Vaccination in Bombay 1856-1862 - 1856-1862
Year: 1856
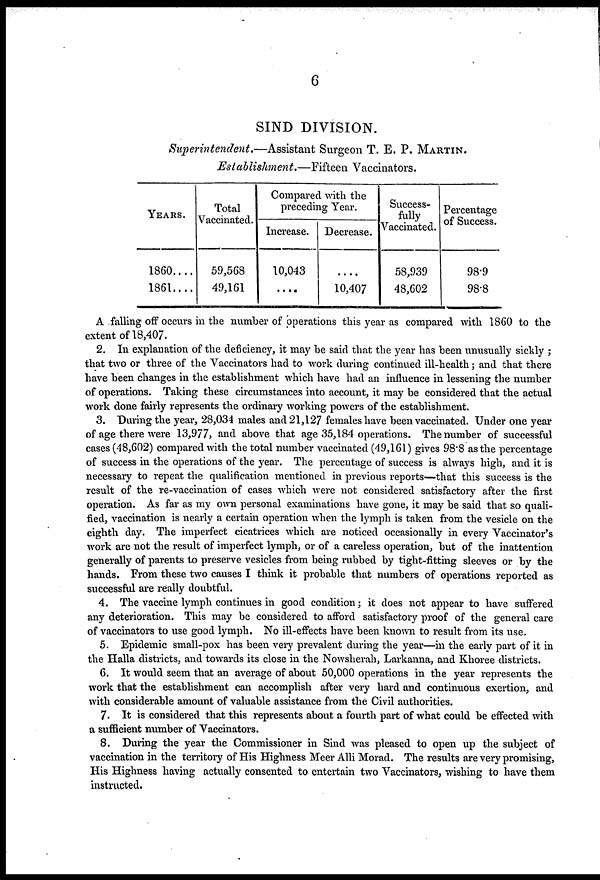
6
SIND DIVISION.
Superintendent.—Assistant
Surgeon T. E. P. MARTIN.
Establishment.—Fifteen
Vaccinators.
YEARS.
1860....
1861....
Total
Vaccinated.
59,568
49,161
Compared with the
preceding Year.
Increase.
10,043
....
Decrease.
....
10,407
Success-
fully
Vaccinated.
58,939
48,602
Percentage
of Success.
98.9
98.8
A falling off occurs in the number of operations this year as compared with 1860 to the
extent of 18,407.
2. In explanation of the deficiency, it may be said that the year has been unusually sickly ;
that two or three of the Vaccinators had to work during continued ill-health; and that there
have been changes in the establishment which have had an influence in lessening the number
of operations. Taking these circumstances into account, it may be considered that the actual
work done fairly represents the ordinary working powers of the establishment.
3. During the year, 28,034 males and 21,127 females have been vaccinated. Under one year
of age there were 13,977, and above that age 35,184 operations. The number of successful
cases (48,602) compared with the total number vaccinated (49,161) gives 98.8 as the percentage
of success in the operations of the year. The percentage of success is always high, and it is
necessary to repeat the qualification mentioned in previous reports—that this success is the
result of the re-vaccination of cases which were not considered satisfactory after the first
operation. As far as my own personal examinations have gone, it may be said that so quali-
fied, vaccination is nearly a certain operation when the lymph is taken from the vesicle on the
eighth day. The imperfect cicatrices which are noticed occasionally in every Vaccinator's
work are not the result of imperfect lymph, or of a careless operation, but of the inattention
generally of parents to preserve vesicles from being rubbed by tight-fitting sleeves or by the
hands. From these two causes I think it probable that numbers of operations reported as
successful are really doubtful.
4. The vaccine lymph continues in good condition; it does not appear to have suffered
any deterioration. This may be considered to afford satisfactory proof of the general care
of vaccinators to use good lymph. No ill-effects have been known to result from its use.
5. Epidemic small-pox has been very prevalent during the year—in the early part of it in
the Halla districts, and towards its close in the Nowsherah, Larkanna, and Khoree districts.
6. It would seem that an average of about 50,000 operations in the year represents the
work that the establishment can accomplish after very hard and continuous exertion, and
with considerable amount of valuable assistance from the Civil authorities.
7. It is considered that this represents about a fourth part of what could be effected with
a sufficient number of Vaccinators.
8. During the year the Commissioner in Sind was pleased to open up the subject of
vaccination in the territory of His Highness Meer Alli Morad. The results are very promising,
His Highness having actually consented to entertain two Vaccinators, wishing to have them
instructed.